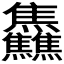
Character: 𱬳